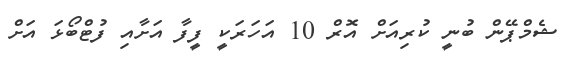
ޝެމްޕޭން ބުނީ ކުރިއަށް އޮރް 10 އަހަރަކީ ފީފާ އަށާއި ފުޓްބޯޅަ އަށް